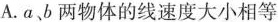
A. α、b 两物体的线速度大小相等